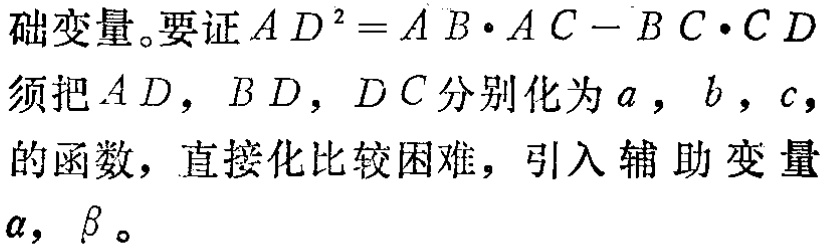
基础变量。要证\(AD^{2}=AB\cdot AC - BC\cdot CD\)，须把\(AD\)，\(BD\)，\(DC\)分别化为\(a\)，\(b\)，\(c\)的函数，直接化比较困难，引入辅助变量\(\alpha\)，\(\beta\)。